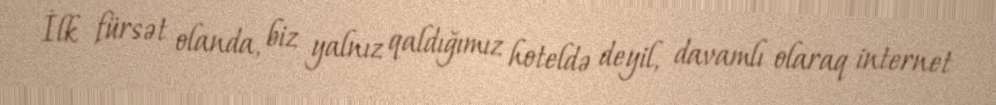
İlk fürsət olanda, biz yalnız qaldığımız hoteldə deyil, davamlı olaraq internet